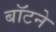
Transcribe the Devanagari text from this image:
बॉटने